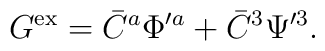
G^{\rm ex} = \bar{C}^a \Phi'^a + \bar{C}^3 \Psi'^3 .